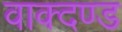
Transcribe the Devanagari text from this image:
वाक्दण्ड